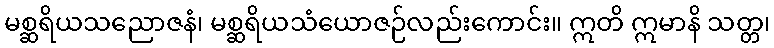
မစ္ဆရိယသညောဇနံ၊ မစ္ဆရိယသံယောဇဉ်လည်းကောင်း။ ဣတိ ဣမာနိ သတ္တ၊